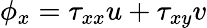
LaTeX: \phi_{x}=\tau_{xx}u+\tau_{xy}v